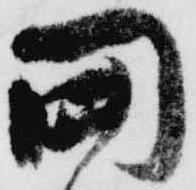
関